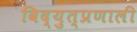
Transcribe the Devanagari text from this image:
विद्युत्प्रणाली